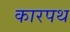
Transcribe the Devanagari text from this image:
कारपथ